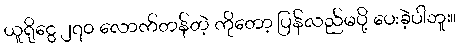
ယူရိုငွေ ၂၇၀ လောက်တန်တဲ့ ကိုတော့ ပြန်လည်မပို့ ပေးခဲ့ပါဘူး။